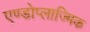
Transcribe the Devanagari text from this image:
एण्डोप्लाज्मिक